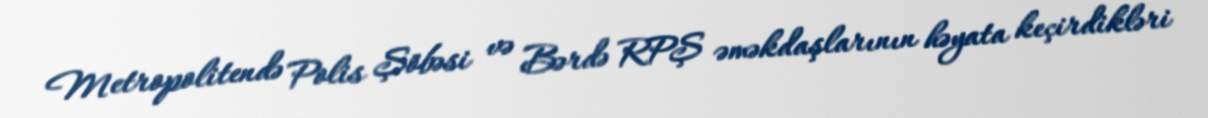
Metropolitendə Polis Şöbəsi və Bərdə RPŞ əməkdaşlarının həyata keçirdikləri